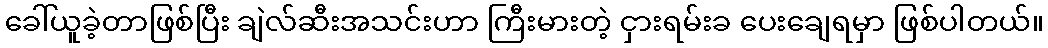
ခေါ်ယူခဲ့တာဖြစ်ပြီး ချဲလ်ဆီးအသင်းဟာ ကြီးမားတဲ့ ငှားရမ်းခ ပေးချေရမှာ ဖြစ်ပါတယ်။